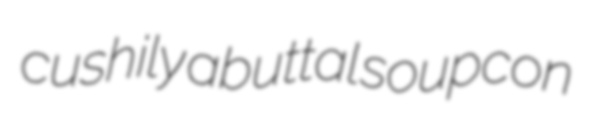
cushily abuttal soupcon